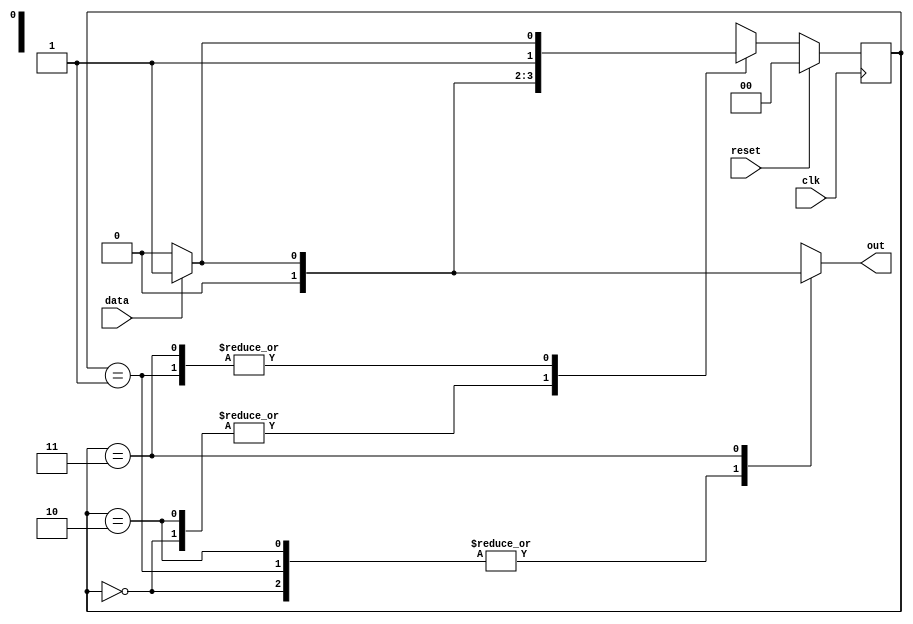
module seqDetector111 (
  output out,
  input data, clk, reset
);

//Internal Variables
reg [1:0] cst, nst;
reg out;

parameter S0 = 2'b00,
  S1 = 2'b01,
  S2 = 2'b10,
  S3 = 2'b11; //after this, if 1 comes, out = 1

always @(cst or data)
begin
  case (cst)
    S0: if(data == 1'b1)
    begin
      nst = S1;
      out = 1'b0;
    end 
    else
    begin
      nst = S0;
      out = 1'b0;
    end 

    S1: if(data == 1'b1)
    begin
      nst = S3;
      out = 1'b0;
    end 
    else //data = 0;
    begin
      nst = S2;
      out = 1'b0;
    end 
    
    S2: if(data == 1'b1)
    begin
      nst = S1;
      out = 1'b0;
    end 
    else
    begin
      nst = S0;
      out = 1'b0;
    end 

    S3: if(data == 1'b1)
    begin
      nst = S3;
      out = 1'b1;
    end
    else 
    begin
      nst = S2;
      out = 1'b0;
    end

  default: nst = S0;
endcase
end

always @ (posedge clk)
begin
  begin
    if(reset)
      cst <= S0;
    else 
      cst <= nst;
  end
end

endmodule